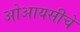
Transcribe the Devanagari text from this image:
ओआयसीचे